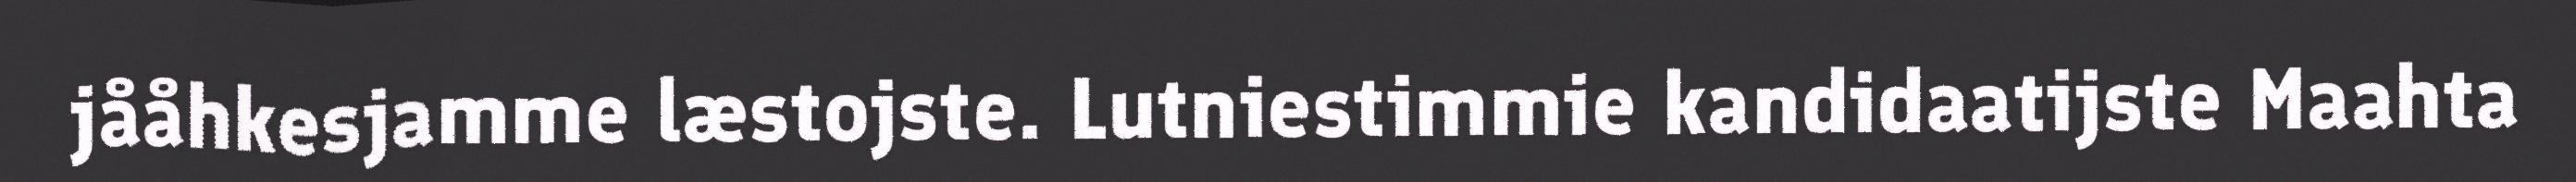
jååhkesjamme læstojste. Lutniestimmie kandidaatijste Maahta